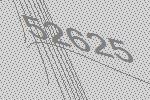
52625